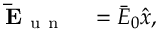
\begin{array} { r l } { \mathbf { \bar { E } } _ { \mathrm { ~ u ~ n ~ } } } & { { } = \bar { E } _ { 0 } \hat { x } , } \end{array}